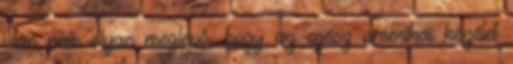
után nem olyan meglepő, hogy az egész amerikai közélet